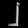
Digit: ၂